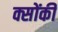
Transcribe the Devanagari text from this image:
क्सोंकी